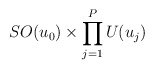
\begin{align*}SO(u_0)\times \prod _{j=1}^P U(u_j)\end{align*}